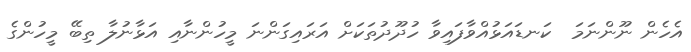
އެހެން ނޫންނަމަ  ކަނޑައަޅުއްވާފައިވާ ހުދޫދުތަކަށް އަރައިގަންނަ މީހުންނާއި އަޅާނުލާ ތިބޭ މީހުންގެ